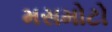
મસમોટો